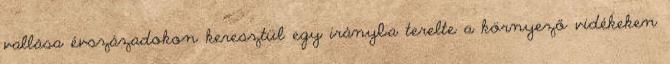
vallása évszázadokon keresztül egy irányba terelte a környező vidékeken